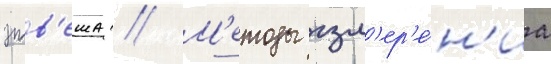
этв'еша // М'етоды изм'ер'е́н'иа